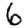
Digit: 6